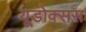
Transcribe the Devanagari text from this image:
यूडोक्सस